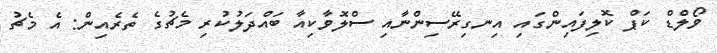
ވޯލްޑް ކަޕް ކޮލިފައިންގައި އިނގިރޭސިންނާއި ސްލޮވާކިއާ ބައްދަލުކުރި މެޗުގެ ތެރެއިން: އެ މެޗު